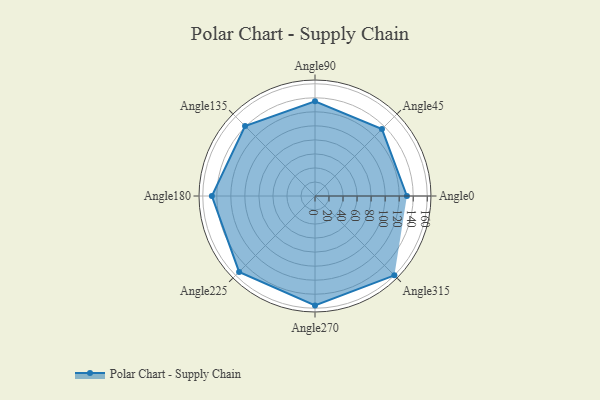
{"axis": {"x": "Angle", "y": "Radius"}, "legend": [""], "data": [{"x": "Angle0", "y": 131.0, "type": ""}, {"x": "Angle45", "y": 135.0, "type": ""}, {"x": "Angle90", "y": 135.0, "type": ""}, {"x": "Angle135", "y": 141.0, "type": ""}, {"x": "Angle180", "y": 147.0, "type": ""}, {"x": "Angle225", "y": 153.0, "type": ""}, {"x": "Angle270", "y": 156.0, "type": ""}, {"x": "Angle315", "y": 160.0, "type": ""}]}